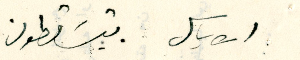
الاباسل يتسَاقطون